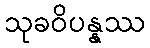
သုခဝိပန္နဿ